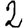
Digit: 2